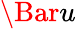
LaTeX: \Bar{u}